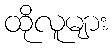
ထိုလူများ